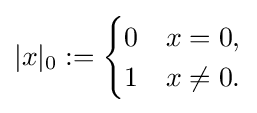
|x|_{0}:={\begin{cases}0&x=0,\\1&x\neq 0.\end{cases}}